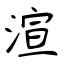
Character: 渲